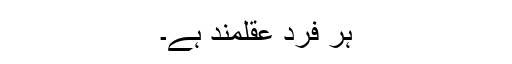
ہر فرد عقلمند ہے۔